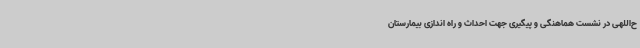
ح‌اللهی در نشست هماهنگی و پیگیری جهت احداث و راه اندازی بیمارستان